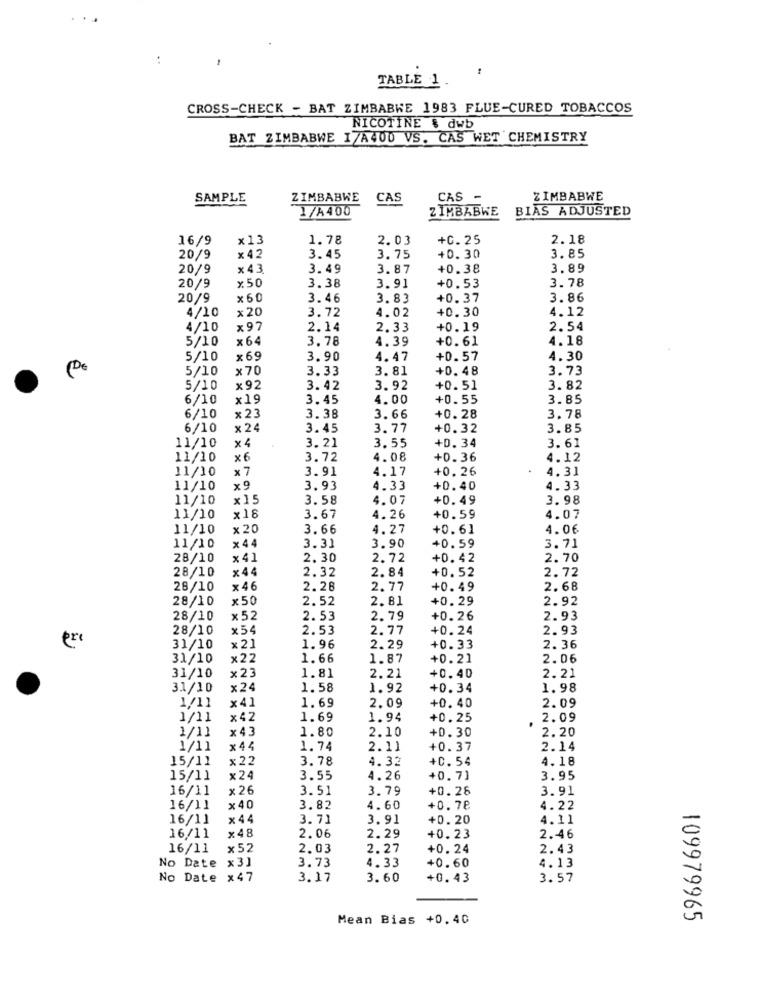
..
TABLE 1
CROSS-CHECK - BAT ZIMBABWE 1983 FLUE-CURED TOBACCOS
NICOTINE & dwb
BAT ZIMBABWE IZA400 VS. CAS WET CHEMISTRY
SAMPLE
ZIMBABWE
CAS
CAS -
ZIMBABWE
1/A400
ZIMBABWE
BIAS ADJUSTED
16/9
x13
1.78
2.01
+0. 25
2.18
20/9
×42
3.45
3.75
+0.30
3.85
20/9
×43
3.49
3.87
+0.38
3.89
20/9
x.50
3.38
3.91
+0.53
3.78
20/9
×60
3.46
3.83
+0. 37
3.86
4/10
×20
3.72
4.02
+0.30
4.12
4/10
×97
2.14
2.33
+0.19
2.54
5/10
x64
3.78
4.39
+0. 61
4.18
5/10
x69
3.90
4.47
+0.57
4.30
5/10
×70
3.33
3.81
+0. 48
3.73
5/10
x92
3.42
3.92
+0.51
3. 82
6/10
×19
3.45
4.00
+0.55
3.85
6/10
× 23
3.38
3.66
+0.28
3.78
6/10
x 24
3.45
3.77
+0.32
3.85
11/10
3. 21
3.55
x 4
+D. 34
3.61
11/10
× 6
3.72
4.08
+0. 36
4.12
11/10
x7
3.91
4.17
+0.26
4.31
11/10
×9
3.93
4.33
+0.40
4.33
11/10
x15
3.58
4.07
+0. 49
3.98
11/10
×16
3.67
4.26
+0.59
4.07
11/10
×20
3.66
4.27
+0.61
4.06
11/10
x44
3.90
+0.59
3.31
3.71
28/10
x41
2.30
2.72
+0. 42
2.70
28/10
x44
2.32
2.84
+0.52
2.72
28/10
x46
2.28
2.77
+0.49
2.68
28/10
x50
2.52
2.81
+0.29
2.92
28/10
x52
2.53
2.79
+0.26
2.93
28/10
x54
2.53
2.77
+0.24
2.93
31/10
×21
1.96
2.29
+0.33
2. 36
31/10
×22
1.66
1.87
+0.21
2.06
×23
2.21
+0.40
2.21
31/10
1.81
31/10
x24
1.58
1.92
+0.34
1.98
2.09
1/11
x41
1.69
2.09
+0. 40
1/11
x42
1.69
1.94
+0.25
2.09
1/11
x43
1.80
2.10
+0.30
2.20
1/11
x44
1.74
2.11
+0. 37
2.14
15/11
x22
3.78
4.32
+0. 54
4.18
15/11
x24
3.55
4.26
+0. 7]
3.95
16/11
x26
3.51
3.79
+0. 26
3.91
16/11
x40
3.82
4.60
+0. 78
4.22
16/11
x44
3.71
3.91
+0. 20
4.11
16/11
x48
+0.23
2.06
2.29
2.46
16/11
x52
2.03
2.27
+0. 24
2.43
No Date x31
4.13
3.73
4.33
+0.60
No Date x47
3.17
3. 60
+0. 43
3.57
Mean Bias +0.40
109979965